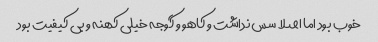
خوب بود اما اصلا سس نداشت و کاهو و گوجه خیلی کهنه و بی کیفیت بود